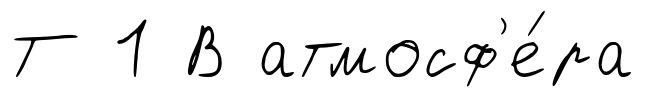
Т 1 В атмосф'е́ра